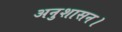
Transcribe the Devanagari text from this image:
अनुशासन।